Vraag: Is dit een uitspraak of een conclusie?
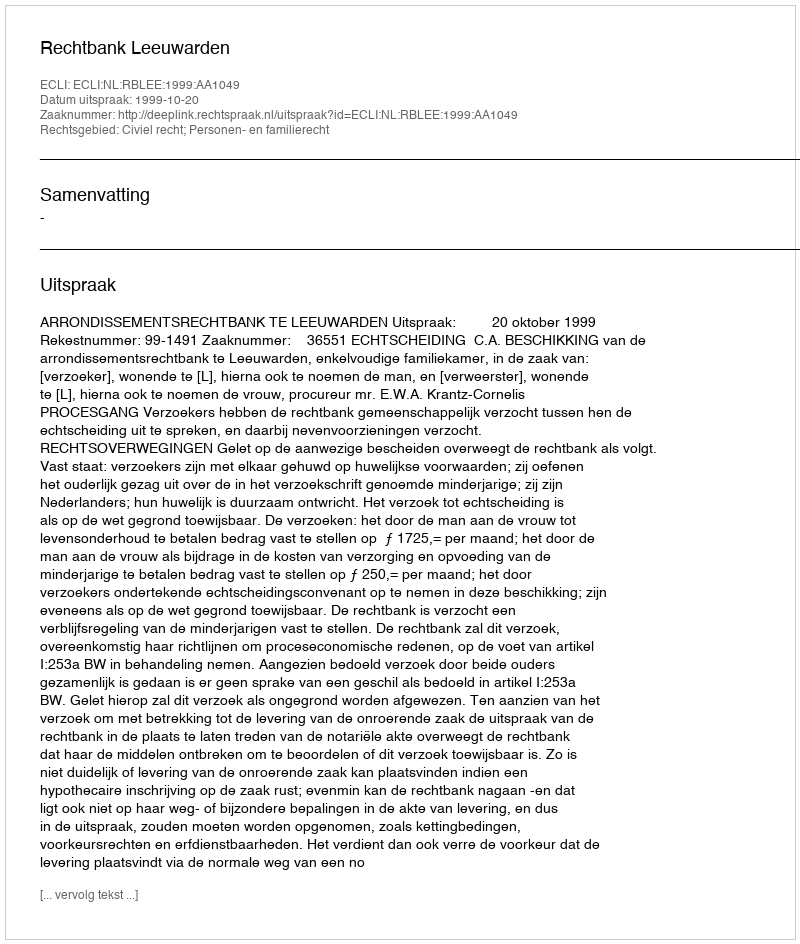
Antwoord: Uitspraak